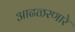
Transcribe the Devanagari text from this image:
आढळरणारे